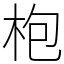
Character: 枹